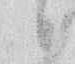
候